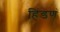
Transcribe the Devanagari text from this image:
हिंडणं